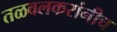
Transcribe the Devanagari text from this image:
तळवलकरांनीच